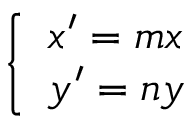
\left\{ \begin{array} { l l } { x ^ { \prime } = m x } \\ { y ^ { \prime } = n y } \end{array} \right.